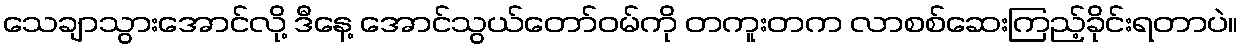
သေချာသွားအောင်လို့ ဒီနေ့ အောင်သွယ်တော်ဝမ်ကို တကူးတက လာစစ်ဆေးကြည့်ခိုင်းရတာပဲ။